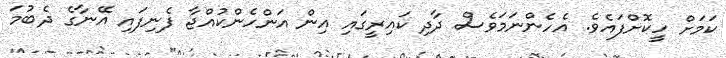
ކަމަށް ހީކޮށްފައެވެ. އެހެންނަމަވެސް ދާދި ކައިރީގައި އިން އަންހެންކުއްޖާ ފެނިފައި އޭނާގެ ދެބުމަ